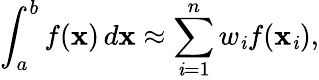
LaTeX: \int_{a}^{b}f(\mathbf{x})\, d\mathbf{x}\approx\sum_{\mathit{i}=1}^{n}w_{\mathit{i}}f(\mathbf{x}_{\mathit{i}}),